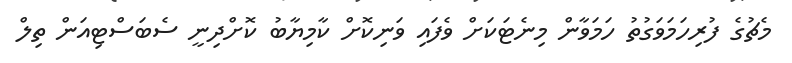
މެޗުގެ ފުރިހަމަވަގުތު ހަމަވާން މިނެޓަކަށް ވެފައި ވަނިކޮށް ކާމިޔާބު ކޮށްދިނީ ސެބަސްޓިއަން ތިލް